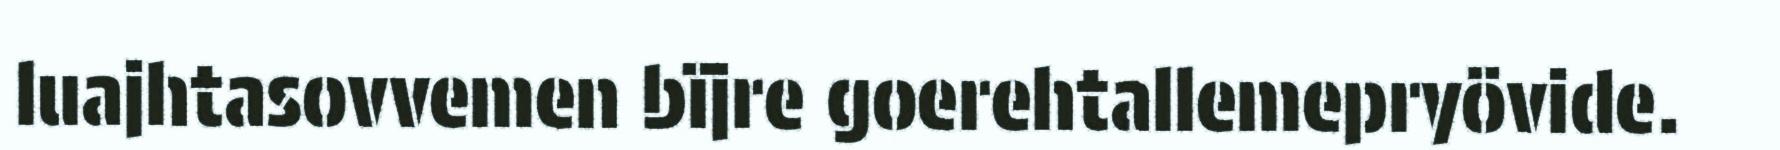
luajhtasovvemen bïjre goerehtallemepryövide.